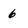
Character: 6